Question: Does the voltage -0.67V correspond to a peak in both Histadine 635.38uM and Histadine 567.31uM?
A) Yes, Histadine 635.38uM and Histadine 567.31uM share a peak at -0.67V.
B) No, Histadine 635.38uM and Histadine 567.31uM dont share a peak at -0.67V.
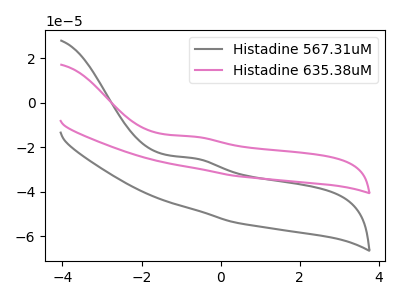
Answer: <think>The gray curve "Histadine 567.31uM" has an anodic peak at: (-0.65V, -25.00uA). The pink curve "Histadine 635.38uM" has an anodic peak at: (-0.65V, -15.30uA).</think>
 <answer>A) Yes, "Histadine 635.38uM" and "Histadine 567.31uM" share a peak at -0.67V.</answer>
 <eval>A</eval>